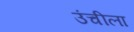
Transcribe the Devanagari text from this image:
उंचीला